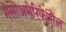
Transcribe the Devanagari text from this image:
मेसोअमेरिकेतील